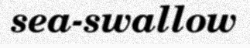
sea-swallow